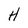
Character: H